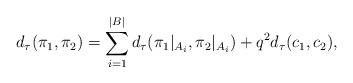
LaTeX: \begin{align*}d_\tau(\pi_1,\pi_2)=\sum_{i=1}^{|B|}d_\tau(\pi_1\vert_{A_i},\pi_2\vert_{A_i}) + q^2d_\tau(c_1,c_2),\end{align*}